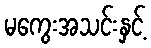
မကွေးအသင်းနှင့်